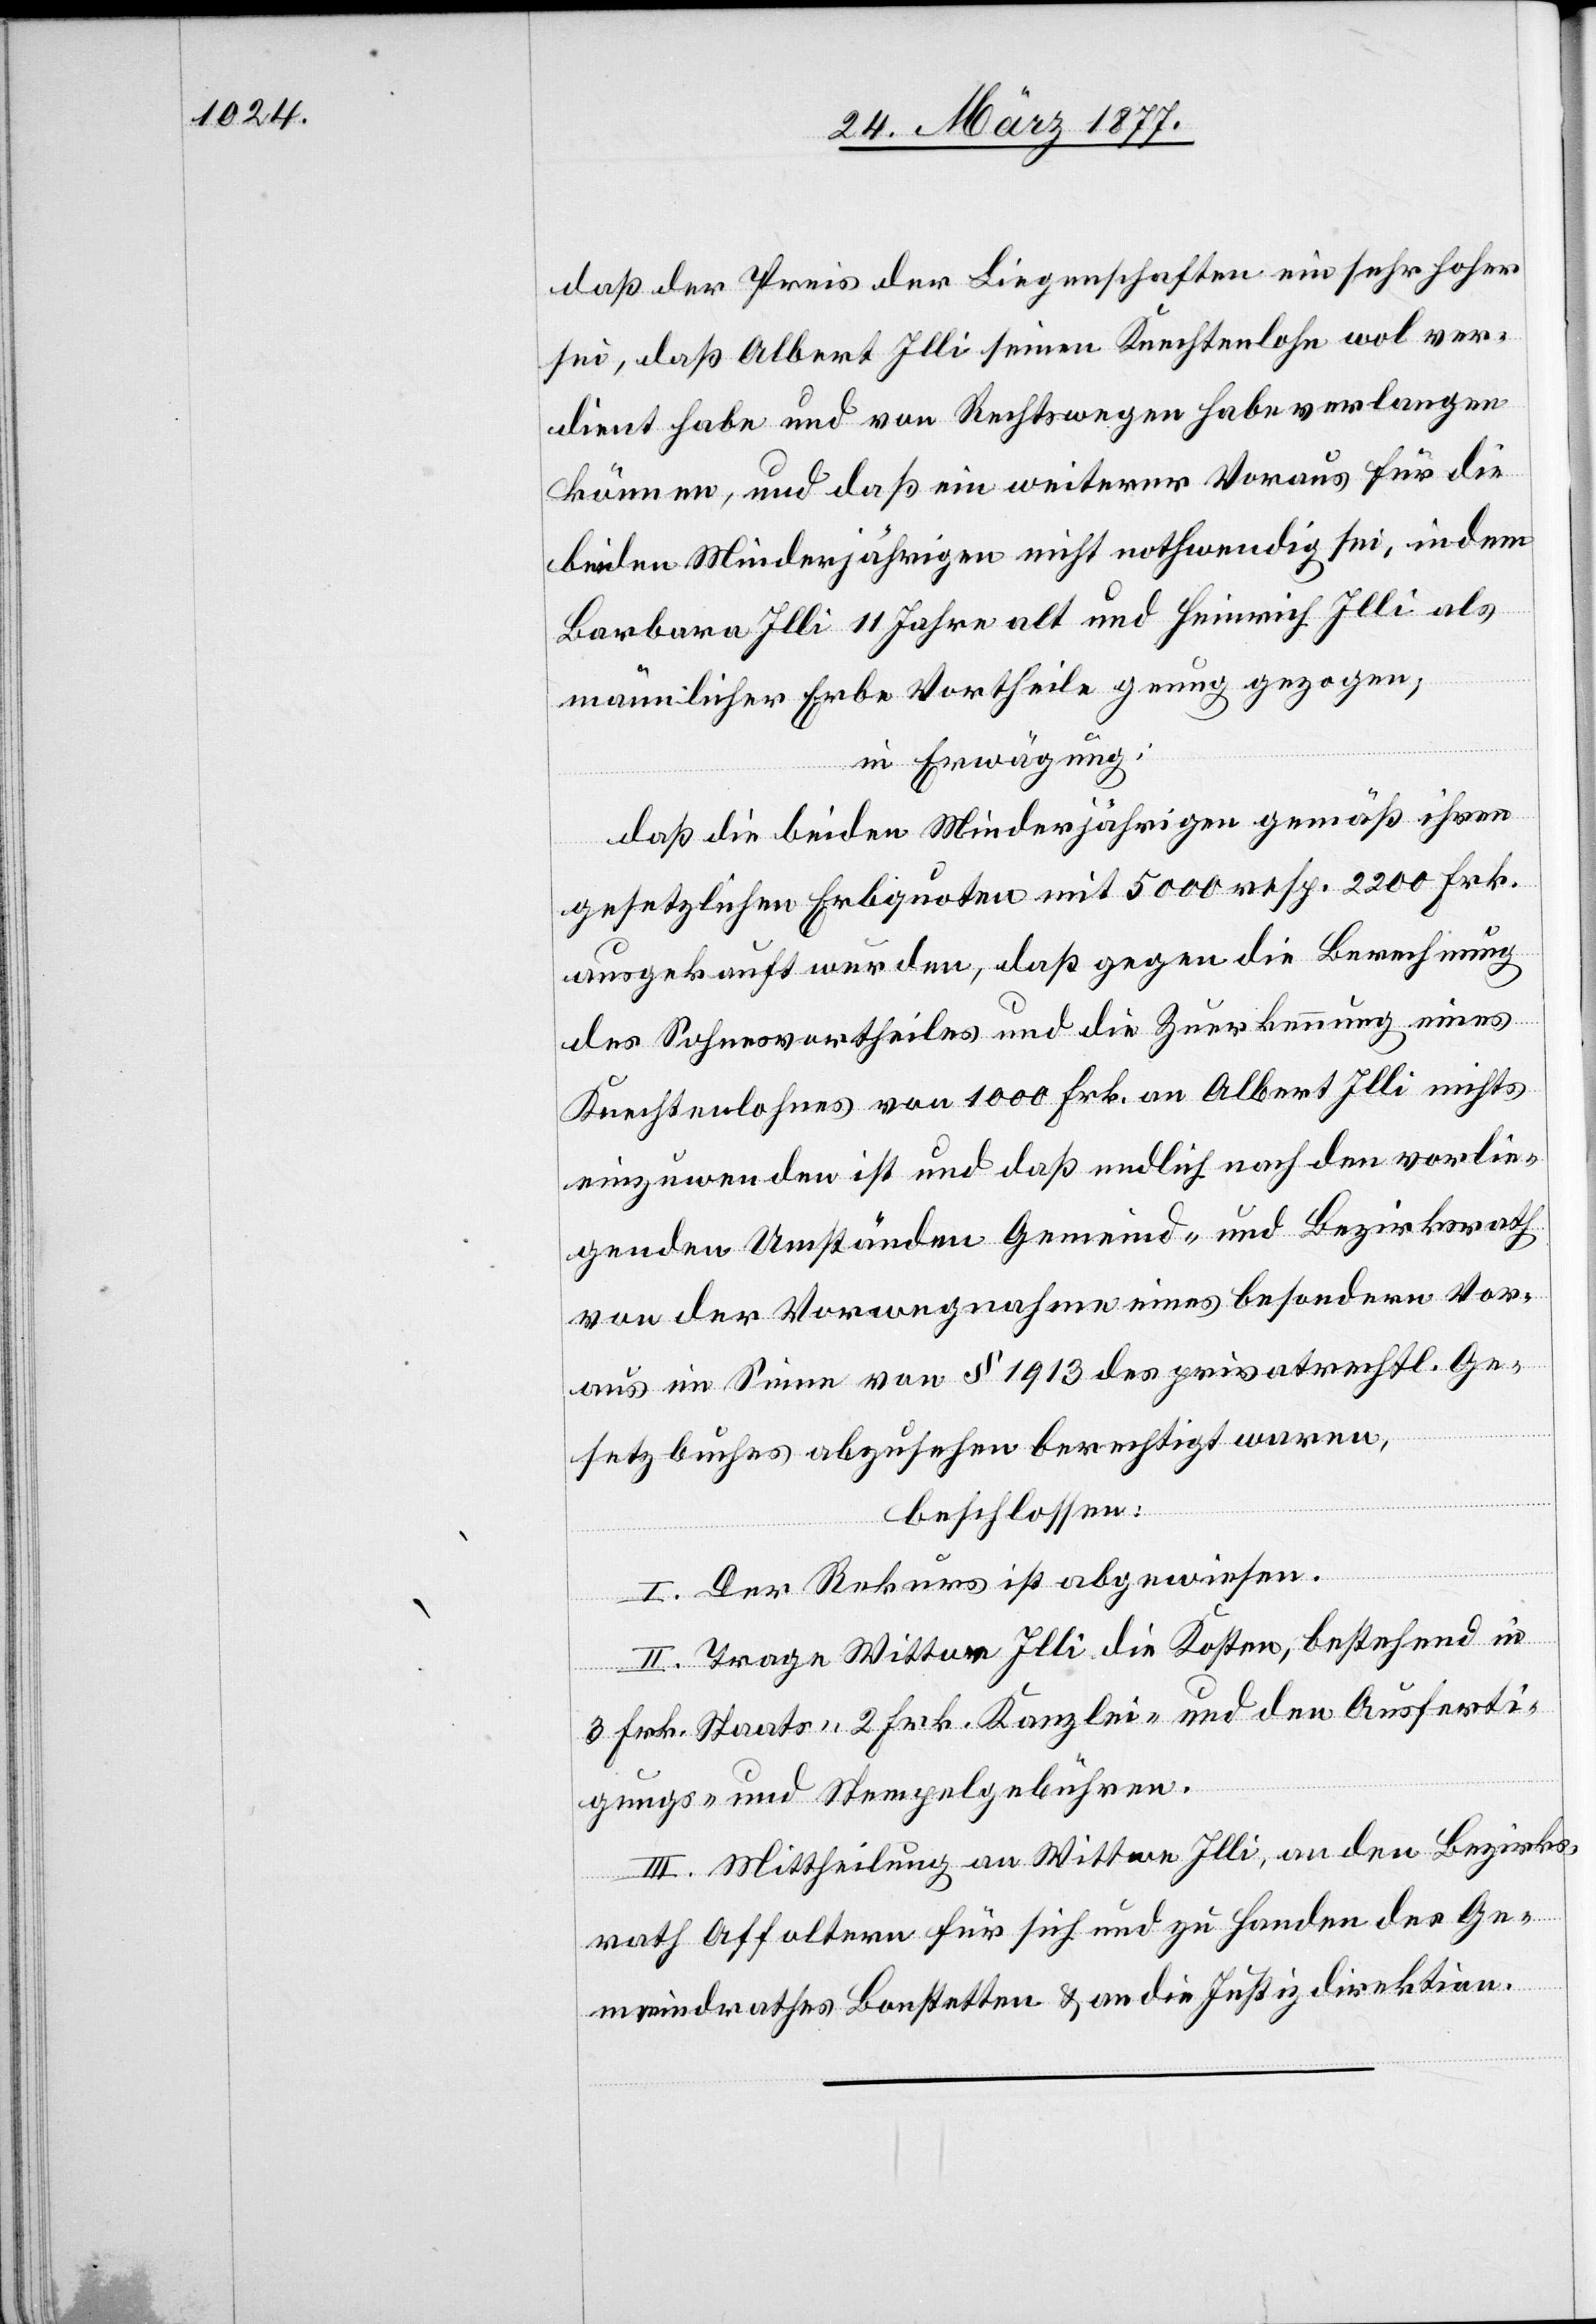
daß der Preis der Liegenschaften ein sehr hoher
sei, daß Albert Illi seinen Knechtenlohn wol ver¬
dient habe und von Rechtswegen habe verlangen
können, und daß ein weiterer Voraus für die
beiden Minderjährigen nicht nothwendig sei, indem
Barbara Illi 11 Jahre alt und Heinrich Illi als
männlicher Erbe Vortheile genug gezogen;
in Erwägung:
daß die beiden Minderjährigen gemäß ihren
gesetzlichen Erbquoten mit 5000 resp. 2200 Frk.
ausgekauft wurden, daß gegen die Berechnung
des Sohnesvortheiles und die Zuerkennung eines
Knechtenlohnes von 1000 Frk. an Albert Illi nichts
einzuwenden ist und daß endlich nach den vorlie¬
genden Umständen Gemeind- und Bezirksrath
von der Vorwegnahme eines besondern Vor¬
aus im Sinne von § 1913 des privatrechtl. Ge¬
setzbuches abzusehen berechtigt waren,
beschlossen:
I. Der Rekurs ist abgewiesen.
II. Trage Wittwe Illi die Kosten, bestehend in
3 Frk. Staats-[,] 2 Frk. Kanzlei- und den Ausferti¬
gungs- und Stempelgebühren.
III. Mittheilung an Wittwe Illi, an den Bezirks¬
rath Affoltern für sich und zu Handen des Ge¬
meindrathes Bonstetten & an die Justizdirektion.